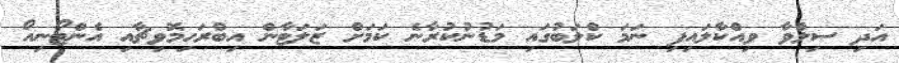
އަދި ސިލްވާ ވިއްކާލައިފި ނަމަ ކްލަބުގައި މަޑުނުކުރާނެ ކަމަށް ޒަލަޓާން އިބްރަހިމޮވިޗާއި އެންޓޯނިއޯ